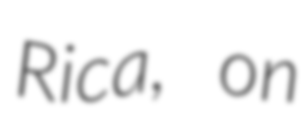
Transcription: Rica, on